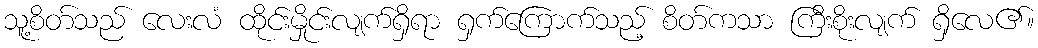
သူ့စိတ်သည် လေးလံ ထိုင်းမှိုင်းလျက်ရှိရာ ရှက်ကြောက်သည့် စိတ်ကသာ ကြီးစိုးလျက် ရှိလေ၏။